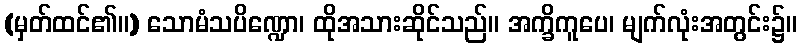
(မှတ်ထင်၏။) သောမံသပိဏ္ဍော၊ ထိုအသားဆိုင်သည်။ အက္ခိကူပေ၊ မျက်လုံးအတွင်း၌။